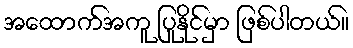
အထောက်အကူ ပြုနိုင်မှာ ဖြစ်ပါတယ်။